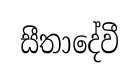
සීතාදේවී